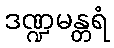
ဒဏ္ဍမန္တရံ